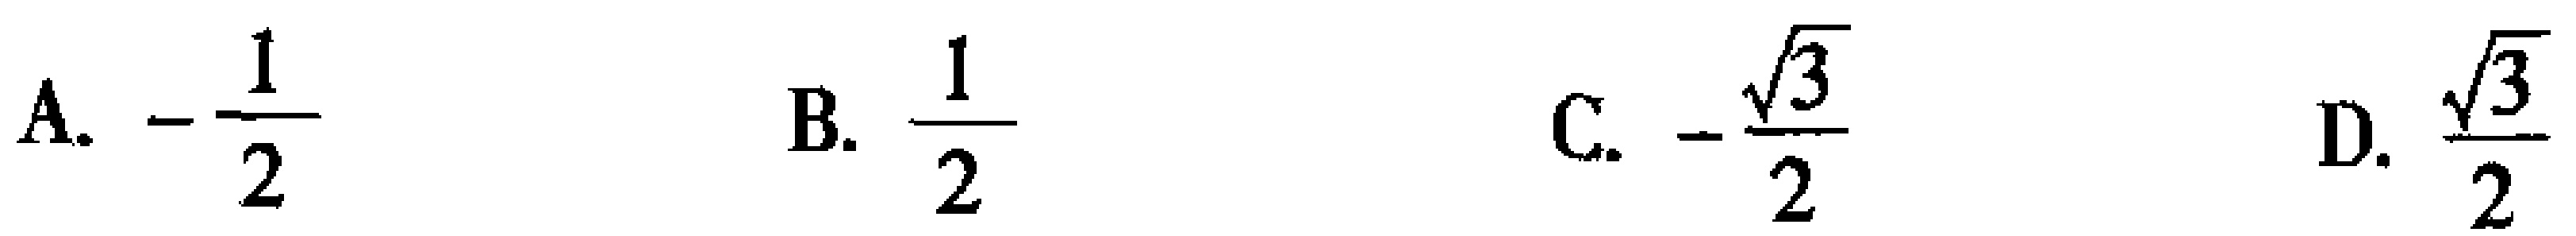
A. \(-\frac{1}{2}\)  B. \(\frac{1}{2}\)  C. \(-\frac{\sqrt{3}}{2}\)  D. \(\frac{\sqrt{3}}{2}\)